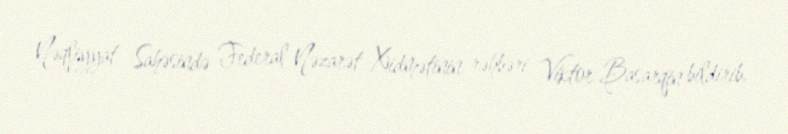
Nəqliyyat Sahəsində Federal Nəzarət Xidmətinin rəhbəri Viktor Basarqin bildirib.